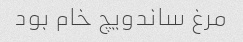
مرغ ساندویچ خام بود